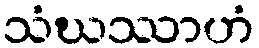
သံဃဿာဟံ